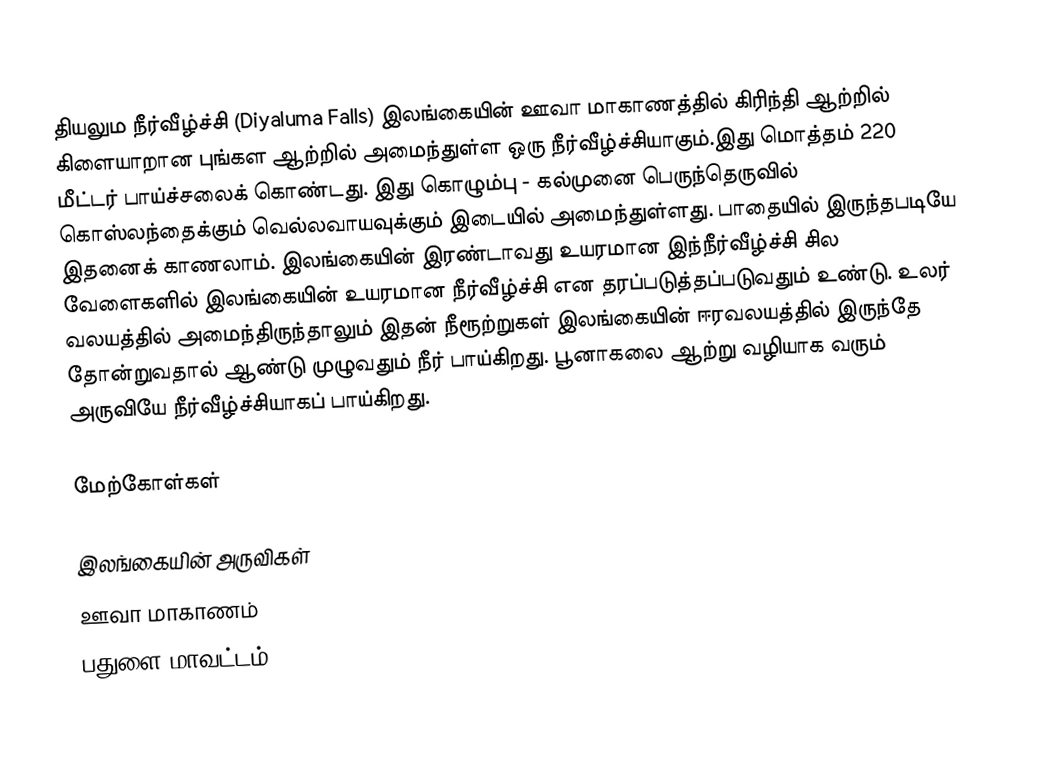
தியலும நீர்வீழ்ச்சி (Diyaluma Falls) இலங்கையின் ஊவா மாகாணத்தில் கிரிந்தி ஆற்றில் கிளையாறான புங்கள ஆற்றில் அமைந்துள்ள ஒரு நீர்வீழ்ச்சியாகும்.இது மொத்தம் 220 மீட்டர் பாய்ச்சலைக் கொண்டது. இது கொழும்பு - கல்முனை பெருந்தெருவில் கொஸ்லந்தைக்கும் வெல்லவாயவுக்கும் இடையில் அமைந்துள்ளது. பாதையில் இருந்தபடியே இதனைக் காணலாம். இலங்கையின் இரண்டாவது உயரமான இந்நீர்வீழ்ச்சி சில வேளைகளில் இலங்கையின் உயரமான நீர்வீழ்ச்சி என தரப்படுத்தப்படுவதும் உண்டு. உலர் வலயத்தில் அமைந்திருந்தாலும் இதன் நீரூற்றுகள் இலங்கையின் ஈரவலயத்தில் இருந்தே தோன்றுவதால் ஆண்டு முழுவதும் நீர் பாய்கிறது. பூனாகலை ஆற்று வழியாக வரும் அருவியே நீர்வீழ்ச்சியாகப் பாய்கிறது.

மேற்கோள்கள்

இலங்கையின் அருவிகள்
ஊவா மாகாணம்
பதுளை மாவட்டம்